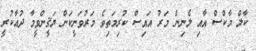
ކާލް މާކްސް އާއި ލެނިން މަރު އައިސް ކުރިމަތިވެ މަރުވަނީކަން ޔަޤީންވީމާ ދުޢާކުރީ